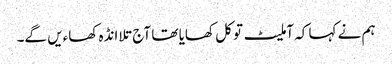
ہم نے کہا کہ آملیٹ تو کل کھایا تھا آج تلا انڈہ کھاءیں گے۔